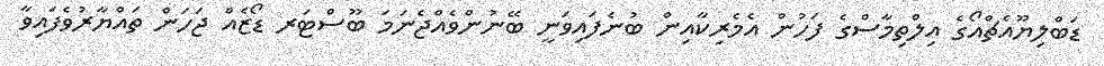
ޑަބްލިޔޫއެޗްއޯގެ އިލްތިމާސްގެ ފަހުން އެމެރިކާއިން ބުނެފައިވަނީ ބޭނުންވެއްޖެނަމަ ބޫސްޓަރ ޑޯޒެއް ޖަހަން ތައްޔާރުވެފައިވާ